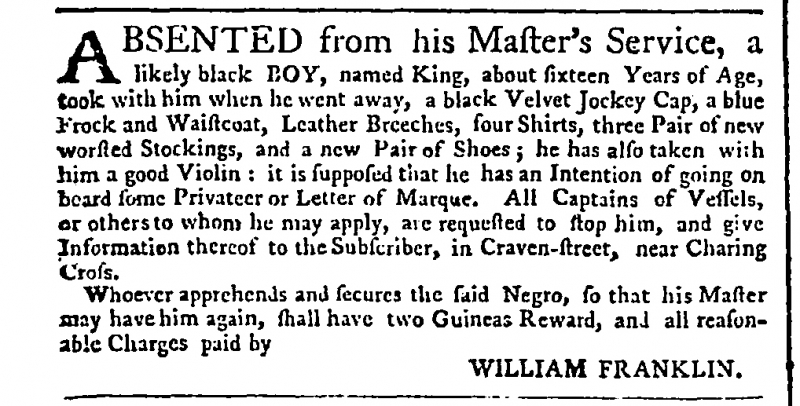
Public Advertiser, 16 February 1762 (England)
ABSENTED from his Master’s Service, a likely black BOY, named King, about sixteen Years of Age, took with him when he went away, a black Velvet Jockey Cap, a blue Frock and Waistcoat, Leather Breeches, four Shirts, three Pair of new worsted Stockings, and a new Pair of Shoes; he has also taken with him a good Violin: it is supposed that he has an Intention of going on board some Privateer or Letter of Marque. All Captains of Vessels, or others to whom he may apply, are requested to stop him, and give Information thereof to the Subscriber, in Craven-street, near Charing Cross.  Whoever apprehends and secures the said Negro, so that his Master may have him again, shall have two Guineas Reward, and all reasonable Charges paid by                                            WILLIAM FRANKLIN.